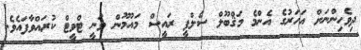
ދިވެހިންނަށް އަހަރުގެ އެންމެ މަޤްބޫލް ސެލްފީ ރަައީސް މައުމޫން ވަނީ ޓްވީޓް ކުރައްވާފައެވެ.